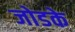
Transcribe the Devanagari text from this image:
जोडके